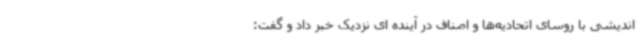
اندیشی با روسای اتحادیه‌ها و اصناف در آینده ای نزدیک خبر داد و گفت: